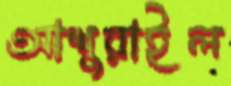
আশুরাইল